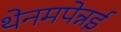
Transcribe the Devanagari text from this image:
थेनमपेन्नई